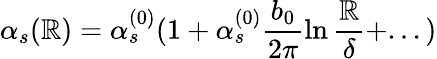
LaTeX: \alpha_{s}(\mathbb{R})=\alpha_{s}^{(0)}(1+\alpha_{s}^{(0)}\frac{{b_{0}}}{{2\pi}}\ln\frac{{\mathbb{R}}}{{\delta}}+...)